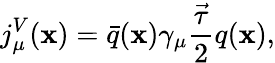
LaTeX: j_{\mu}^{V}(\mathbf{x})=\bar{{q}}(\mathbf{x})\gamma_{\mu}\frac{{\vec{{\tau}}}}{{2}}q(\mathbf{x}),